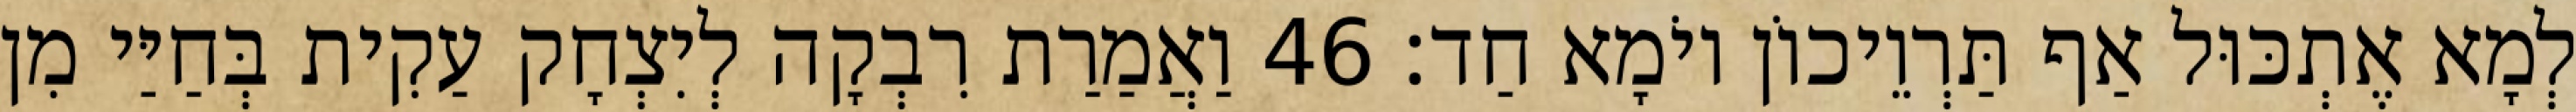
לְמָא אֶתְכּוּל אַף תַּרְוֵיכוֹן יוֹמָא חַד׃ 46 וַאֲמַרַת רִבְקָה לְיִצְחָק עַקִית בְּחַיַּי מִן